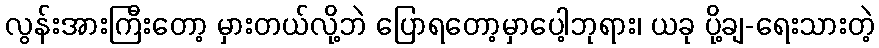
လွန်းအားကြီးတော့ မှားတယ်လို့ဘဲ ပြောရတော့မှာပေါ့ဘုရား၊ ယခု ပို့ချ-ရေးသားတဲ့